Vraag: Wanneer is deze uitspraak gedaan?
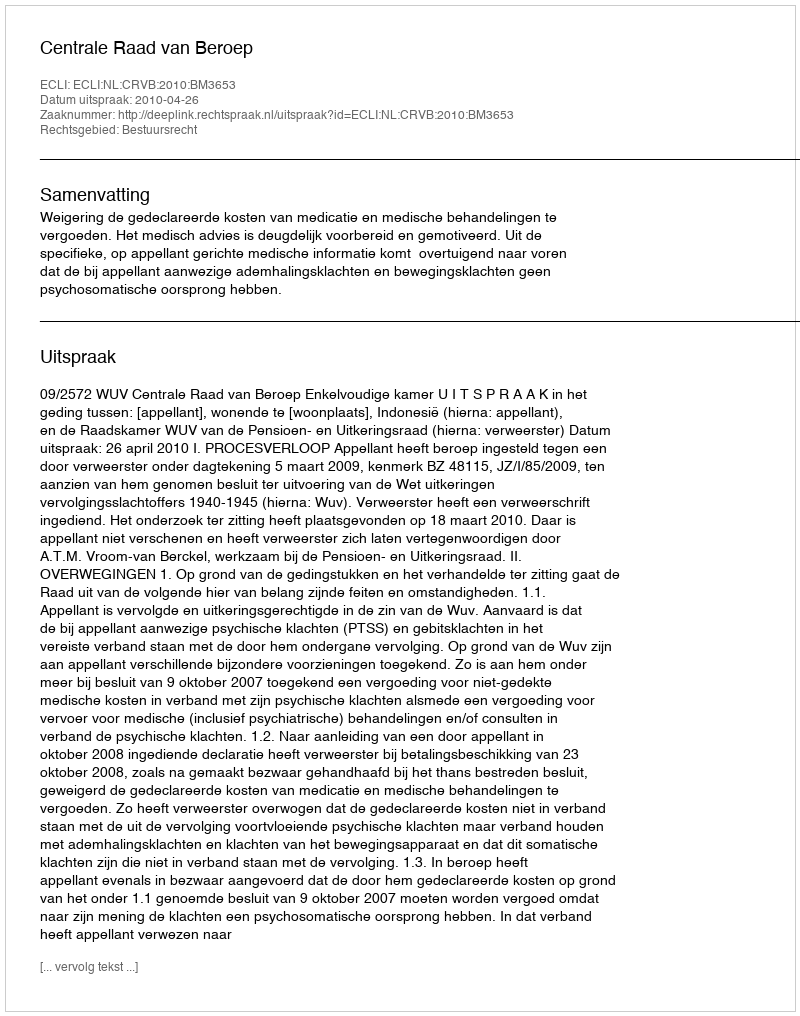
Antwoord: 2010-04-26